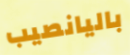
باليانصيب